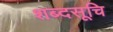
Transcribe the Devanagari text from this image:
शब्दसूचि